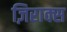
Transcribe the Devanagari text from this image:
ज़िराक्स